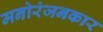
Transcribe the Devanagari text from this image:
मनोरंजनकार